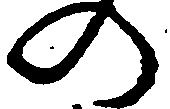
の